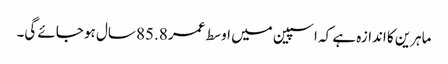
ماہرین کا اندازہ ہے کہ اسپین میں اوسط عمر 85.8 سال ہو جائے گی۔